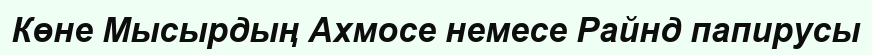
Көне Мысырдың Ахмосе немесе Райнд папирусы